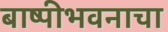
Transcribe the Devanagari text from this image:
बाष्पीभवनाचा